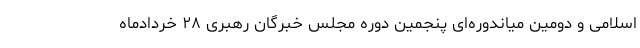
اسلامی و دومین میاندوره‌ای پنجمین دوره مجلس خبرگان رهبری ۲۸ خردادماه